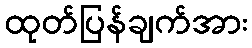
ထုတ်ပြန်ချက်အား